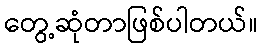
တွေ့ဆုံတာဖြစ်ပါတယ်။